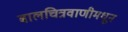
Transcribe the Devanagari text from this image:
बालचित्रवाणीमधून